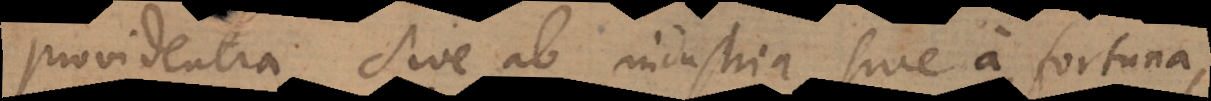
providentia sive ab industria, sive a fortuna,